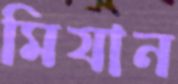
মিযান